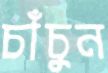
চাঁচুন